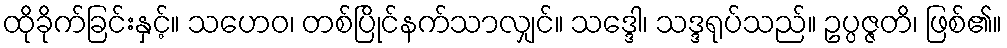
ထိုခိုက်ခြင်းနှင့်။ သဟေဝ၊ တစ်ပြိုင်နက်သာလျှင်။ သဒ္ဒေါ၊ သဒ္ဒရုပ်သည်။ ဥပ္ပဇ္ဇတိ၊ ဖြစ်၏။